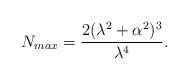
LaTeX: \begin{align*}N_{max}=\frac{2(\lambda^2+\alpha^2)^3}{\lambda^4}.\end{align*}